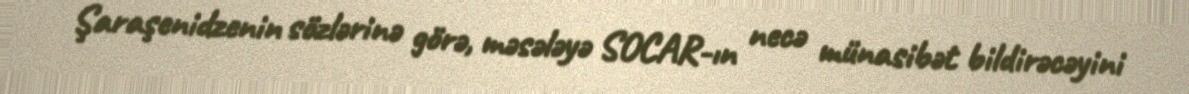
Şaraşenidzenin sözlərinə görə, məsələyə SOCAR-ın necə münasibət bildirəcəyini